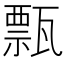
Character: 㼼